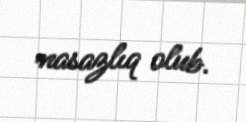
nasazlıq olub.